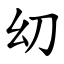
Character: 㓜